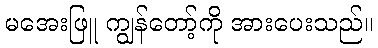
မအေးဖြူ ကျွန်တော့်ကို အားပေးသည်။